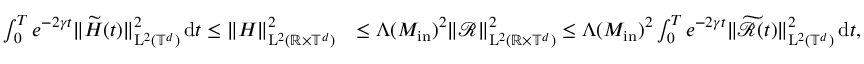
\begin{array} { r l } { \int _ { 0 } ^ { T } e ^ { - 2 \gamma t } \| \widetilde { H } ( t ) \| _ { \mathrm { L } ^ { 2 } ( \mathbb T ^ { d } ) } ^ { 2 } \, \mathrm { d } t \leq \| H \| _ { \mathrm { L } ^ { 2 } ( \mathbb R \times \mathbb T ^ { d } ) } ^ { 2 } } & { \leq \Lambda ( M _ { \mathrm { i n } } ) ^ { 2 } \Vert \mathcal { R } \Vert _ { \mathrm { L } ^ { 2 } ( \mathbb R \times \mathbb T ^ { d } ) } ^ { 2 } \leq \Lambda ( M _ { \mathrm { i n } } ) ^ { 2 } \int _ { 0 } ^ { T } e ^ { - 2 \gamma t } \| \widetilde { \mathcal { R } } ( t ) \| _ { \mathrm { L } ^ { 2 } ( \mathbb T ^ { d } ) } ^ { 2 } \, \mathrm { d } t , } \end{array}